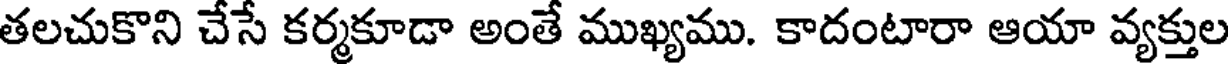
తలచుకొని చేసే కర్మకూడా అంతే ముఖ్యము. కాదంటారా ఆయా వ్యక్తుల